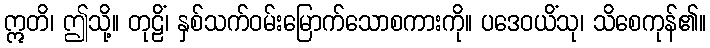
ဣတိ၊ ဤသို့။ တုဠိံ၊ နှစ်သက်ဝမ်းမြောက်သောစကားကို။ ပဒေဝယိံသု၊ သိစေကုန်၏။